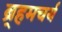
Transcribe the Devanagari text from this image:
ब्र्हमचर्य